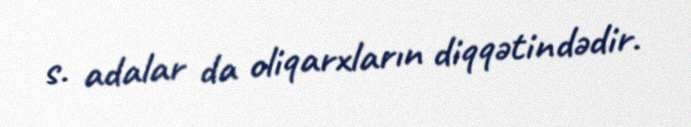
s. adalar da oliqarxların diqqətindədir.